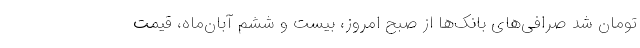
تومان شد صرافی‌های بانک‌ها از صبح امروز، بیست و ششم آبان‌ماه، قیمت